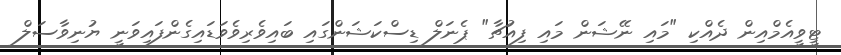
ޓީވީއެމްއިން ދެއްކި "މައި ނޭޝަން މައި ފިއުޗާ" ޕެނަލް ޑިސްކަޝަންގައި ބައިވެރިވެވަޑައިގެންފައިވަނީ ޔުނިވާސަލް